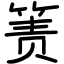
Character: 箦